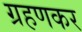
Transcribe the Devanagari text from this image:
ग्रहणकर